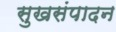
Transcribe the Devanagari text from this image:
सुखसंपादन